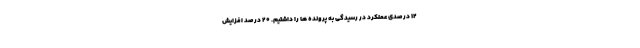
۱۲ درصدی عملکرد در رسیدگی به پرونده ها را داشتیم. ۲۰ درصد افزایش